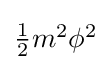
{\textstyle {\frac {1}{2}}m^{2}\phi ^{2}}